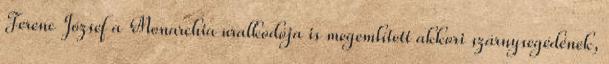
Ferenc József a Monarchia uralkodója is megemlített akkori szárnysegédének,